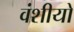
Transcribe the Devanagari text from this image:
वंशीयो